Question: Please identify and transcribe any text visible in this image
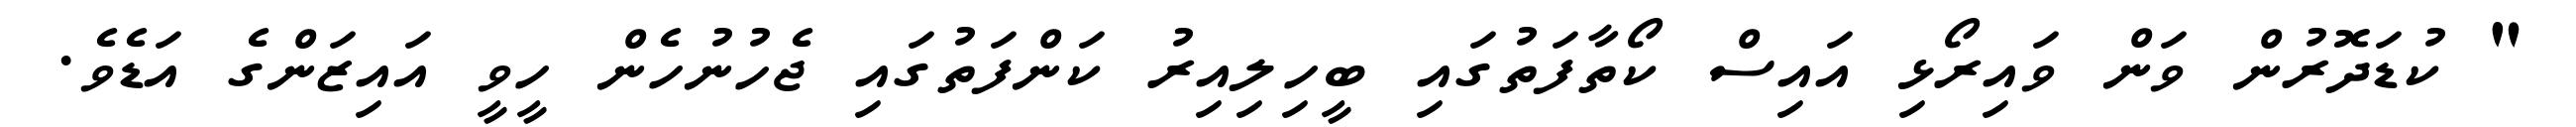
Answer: " ކުޑަދޮރުން ވަން ވައިރޯޅި އައިސް ކޯތާފަތުގައި ބީހިލިއިރު ކަންފަތުގައި ޖެހުނުހެން ހީވީ އައިޒަންގެ އަޑެވެ.